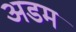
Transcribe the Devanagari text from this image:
अडम